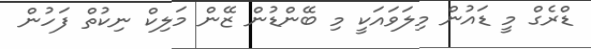
ޑްރެގް މީ ޑައުން މިލަވައަކީ މި ބޭންޑުން ޒޭން މަލިކް ނިކުތް ފަހުން